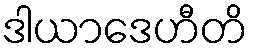
ဒါယာဒေဟီတိ